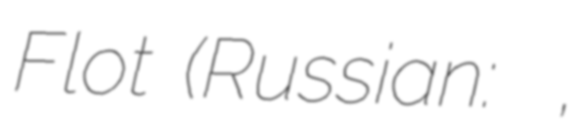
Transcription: Flot (Russian: Добровольный флот,